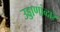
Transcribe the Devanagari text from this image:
उड्डाणांव्दारे